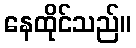
နေထိုင်သည်။